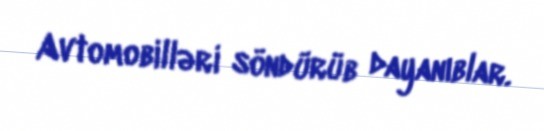
Avtomobilləri söndürüb dayanıblar.